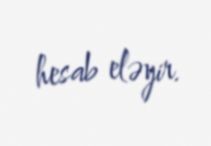
hesab eləyir.